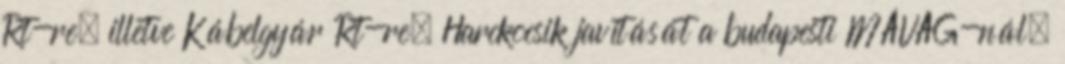
Rt-re, illetve Kábelgyár Rt-re. Harckocsik javítását a budapesti MÁVAG-nál,